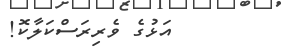
އަޅުގެ ވެރިރަސްކަލާކޮ!